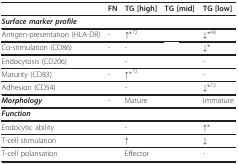
<table><thead><tr><td>[EMPTY_CELL]</td><td><b>FN</b></td><td><b>TG [high]</b></td><td><b>TG [mid]</b></td><td><b>TG [low]</b></td></tr></thead><tbody><tr><td colspan="5"><b><i>Surface marker profile</i></b></td></tr><tr><td>Antigen-presentation (HLA-DR)</td><td>-</td><td>↑*<sup>72</sup></td><td>[EMPTY_CELL]</td><td>↓*<sup>48</sup></td></tr><tr><td>Co-stimulation (CD86)</td><td>-</td><td>-</td><td>[EMPTY_CELL]</td><td>↓*</td></tr><tr><td>Endocytosis (CD206)</td><td>[EMPTY_CELL]</td><td>-</td><td>[EMPTY_CELL]</td><td>-</td></tr><tr><td>Maturity (CD83)</td><td>-</td><td>↑*<sup>72</sup></td><td>[EMPTY_CELL]</td><td>-</td></tr><tr><td>Adhesion (CD54)</td><td>[EMPTY_CELL]</td><td>-</td><td>[EMPTY_CELL]</td><td>↓*<sup>72</sup></td></tr><tr><td><b><i>Morphology</i></b></td><td>-</td><td>Mature</td><td>[EMPTY_CELL]</td><td>Immature</td></tr><tr><td colspan="5"><b><i>Function</i></b></td></tr><tr><td>Endocytic ability</td><td>[EMPTY_CELL]</td><td>-</td><td>[EMPTY_CELL]</td><td>↑*</td></tr><tr><td>T-cell stimulation</td><td>[EMPTY_CELL]</td><td>↑</td><td>[EMPTY_CELL]</td><td>↓</td></tr><tr><td>T-cell polarisation</td><td>[EMPTY_CELL]</td><td>Effector</td><td>[EMPTY_CELL]</td><td>-</td></tr></tbody></table>